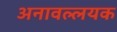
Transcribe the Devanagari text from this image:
अनावल्लयक